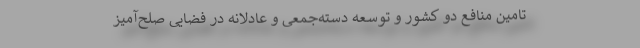
تامین منافع دو کشور و توسعه دسته‌جمعی و عادلانه در فضایی صلح‌آمیز